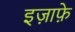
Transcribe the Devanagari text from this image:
इज़ाफ़े